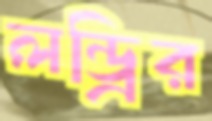
লন্ড্রির